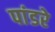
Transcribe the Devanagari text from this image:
पांडरे